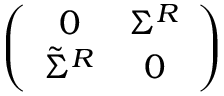
\left( \begin{array} { c c } { { 0 } } & { { \Sigma ^ { R } } } \\ { { \tilde { \Sigma } ^ { R } } } & { { 0 } } \end{array} \right)